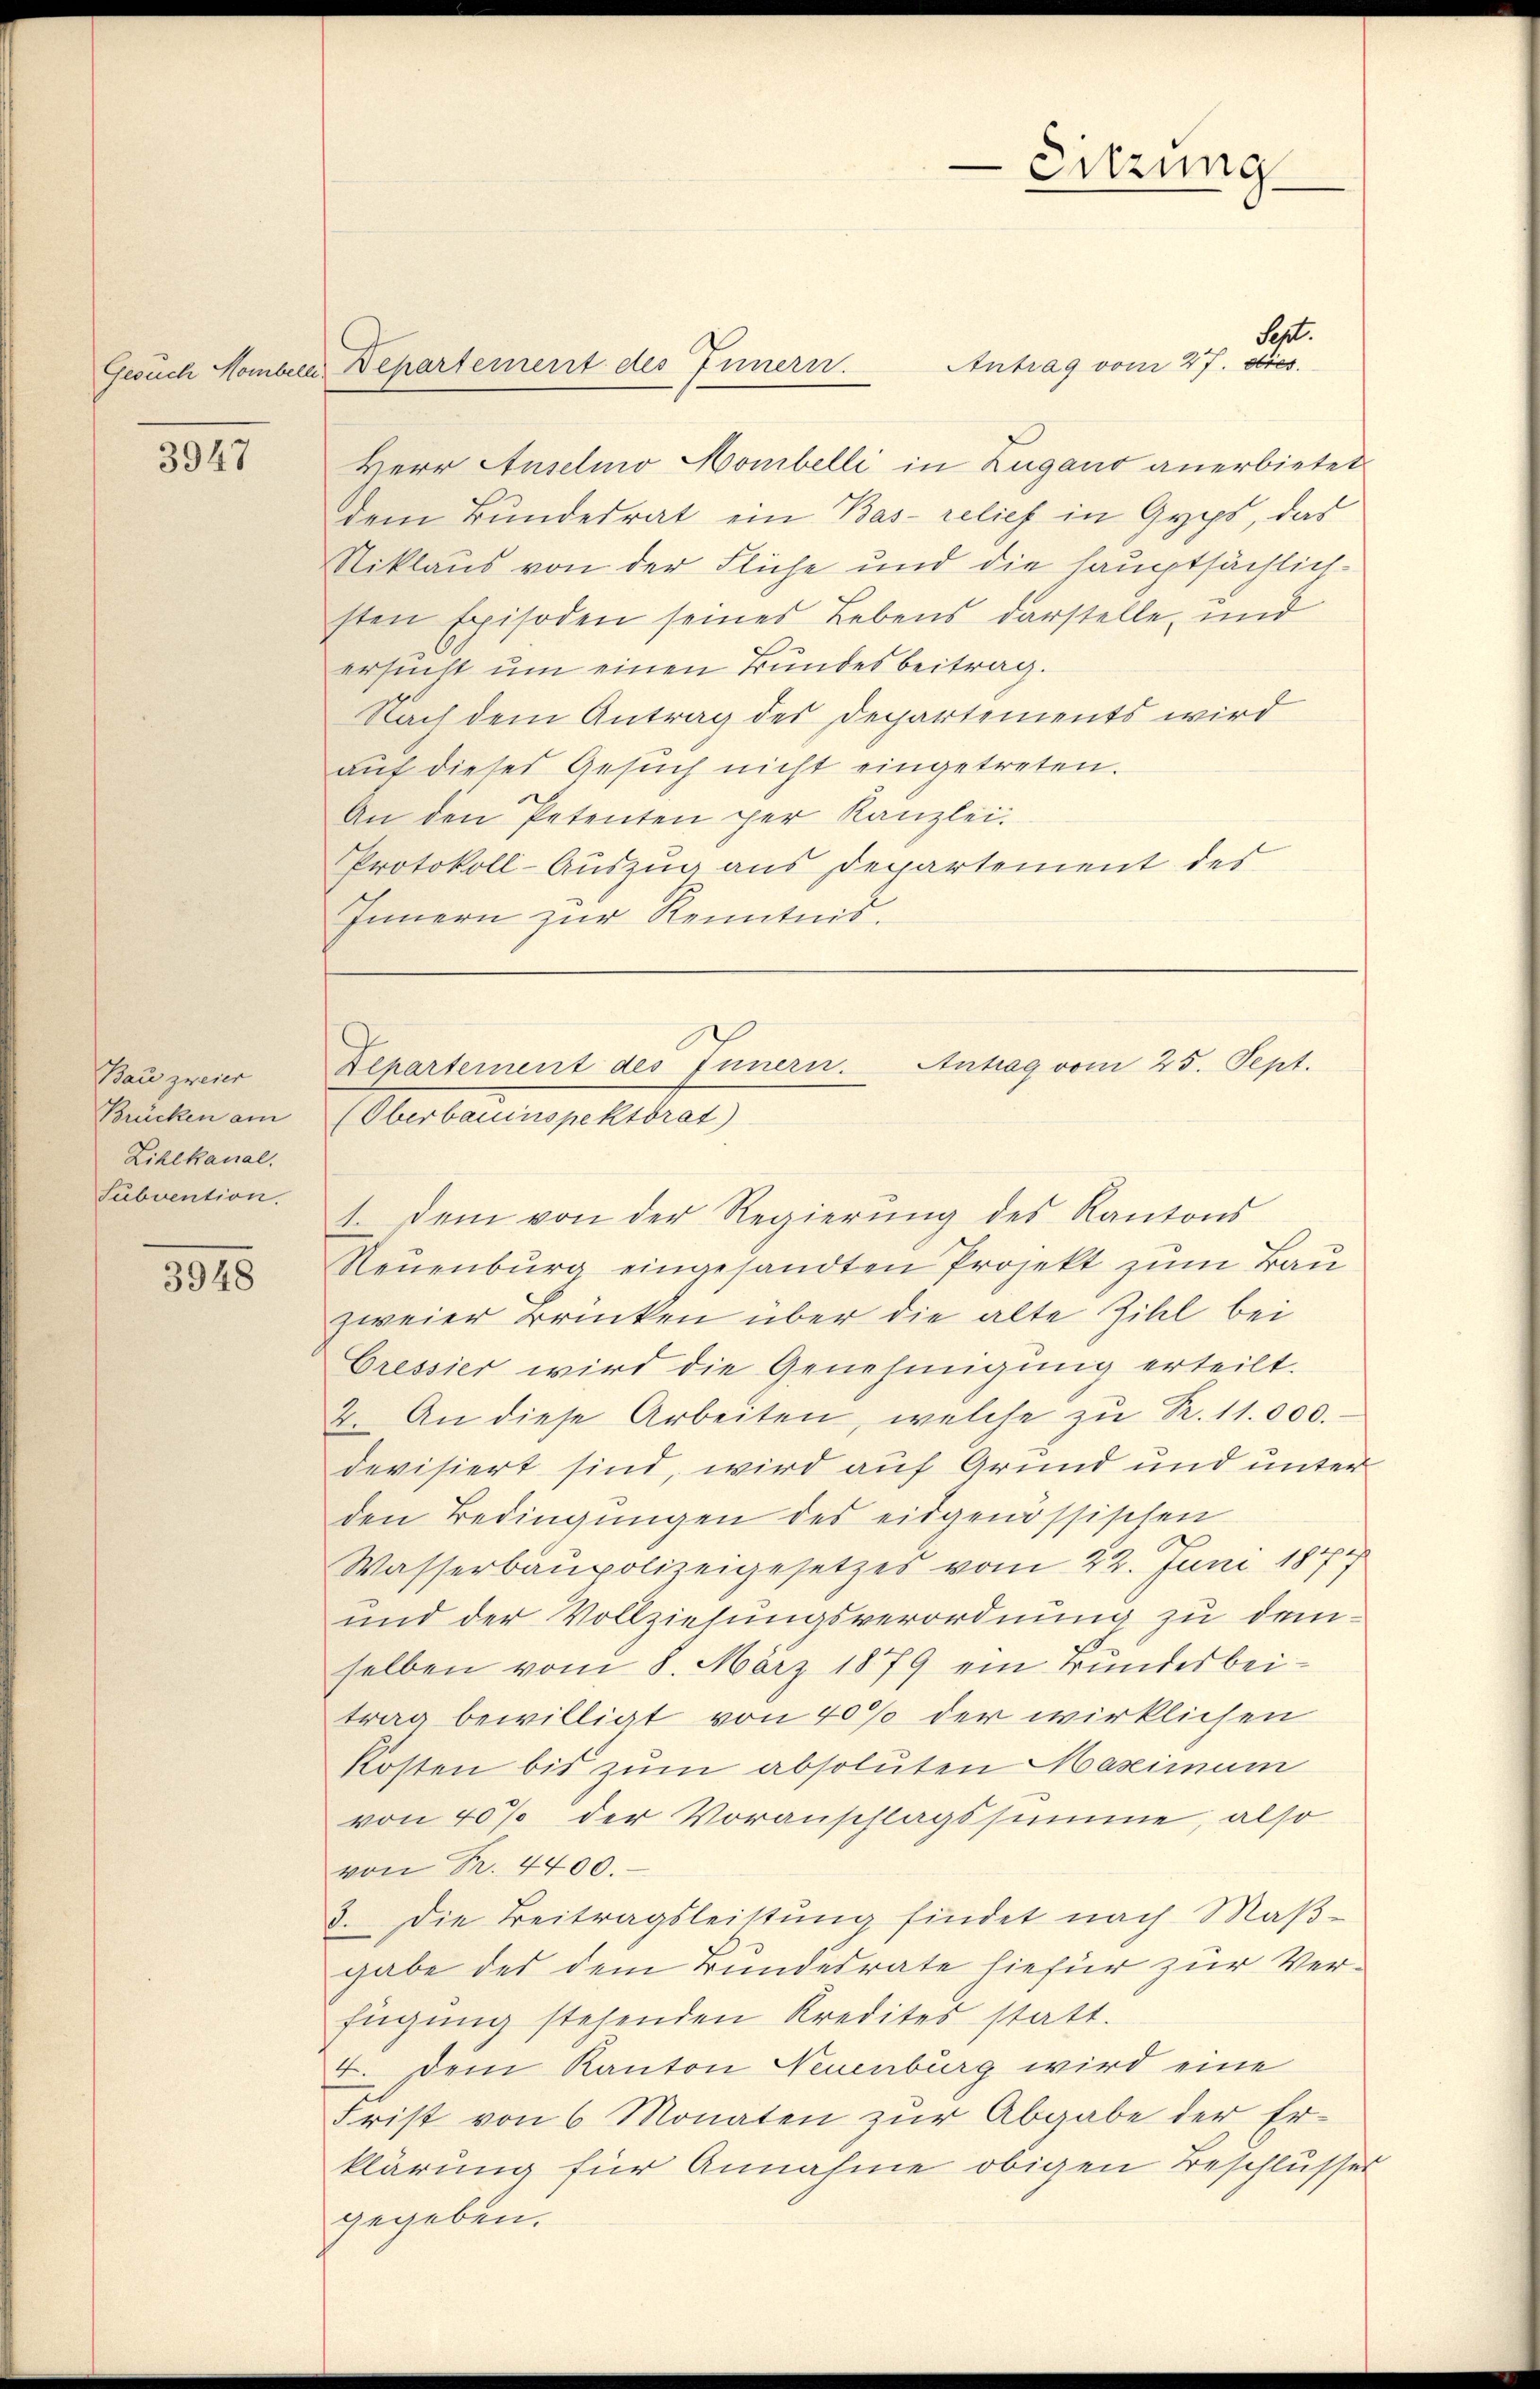
3947

Bau zweier
Brücken am
Zihlkanal.
Subvention.

3948

Sept.
Antrag vom 27. dies
Herr Auselmo Mombelli in Zugano anerbietet
dem Bundesrat ein Bas- relief in Gyps, das
Niklaus von der Flüche und die hauptsächlichsten Episoden seines Lebens darstelle, und
ersucht um einen Bundesbeitrag.
Nach dem Antrag des Departements wird
auf dieses Gesuch nicht eingetreten.
An den Petenten per Kanzlei.
Protokoll-Auszug aus Departement des
Innern zur Kenntnis.

Gesuch Homber Departement des Innern.

1. dem von der Regierung des Kantons
Neuenburg eingesandten Projekt zum Bau
zweier Brücken über die alte Zihl bei
Oressier wird die Genehmigung erteilt.
2. An diese Arbeiten, welche zŭ Pr. 11.000.
devisiert sind, wird auf Grund und unter
den Bedingungen des eidgenössischen
Wasserbaupolizeigesetzes vom 22. Juni 1844
und der Vollziehungsverordnung zu demselben vom 8. März 1879 ein Bundesbeitrag bewilligt von 40% der wirklichen
Kosten bis zum absoluten Maximum
von 40% der Voranschlagssumme, also
von Fr. 4400.
8. Die Beitragsleistŭng findet nach Maβ-
gabe des dem Bundesrate hiefür zur Verfügŭng stehenden Kredites statt.
4. dem Kanton Neuenburg wird eine
Frist von 6 Monaten zŭr Abgabe der Er-
klärung für Annahme obigen Beschlusser
gegeben.

Sitzung

Zepartement des Innern. Antrag vom 25. Sept.
(Oberbauinspektorat)